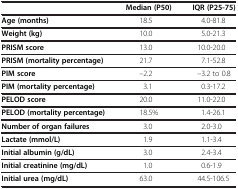
|  | Median (P50) | IQR (P25-75) |
 | --- | --- | --- |
 | Age (months) | 18.5 | 4.0-81.8 |
 | Weight (kg) | 10.0 | 5.0-21.3 |
 | PRISM score | 13.0 | 10.0-20.0 |
 | PRISM (mortality percentage) | 21.7 | 7.1-52.8 |
 | PIM score | –2.2 | –3.2 to 0.8 |
 | PIM (mortality percentage) | 3.1 | 0.3-17.2 |
 | PELOD score | 20.0 | 11.0-22.0 |
 | PELOD (mortality percentage) | 18.5% | 1.4-26.1 |
 | Number of organ failures | 3.0 | 2.0-3.0 |
 | Lactate (mmol/L) | 1.9 | 1.1-3.4 |
 | Initial albumin (g/dL) | 3.0 | 2.4-3.4 |
 | Initial creatinine (mg/dL) | 1.0 | 0.6-1.9 |
 | Initial urea (mg/dL) | 63.0 | 44.5-106.5 |